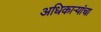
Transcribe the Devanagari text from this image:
अधिकार्‍यांचा